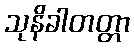
သုနိခါတတ္တာ